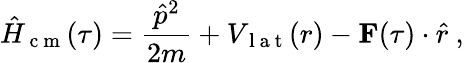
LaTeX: \hat{H}_{\mathrm{~c~m~}}(\tau)=\frac{\hat{p}^{2}}{2m}+V_{\mathrm{~l~a~t~}}(r)-\textbf{F}(\tau)\cdot\hat{r}~,